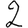
Digit: 2